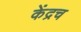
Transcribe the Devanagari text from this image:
केंद्रच